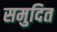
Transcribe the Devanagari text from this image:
समुदित